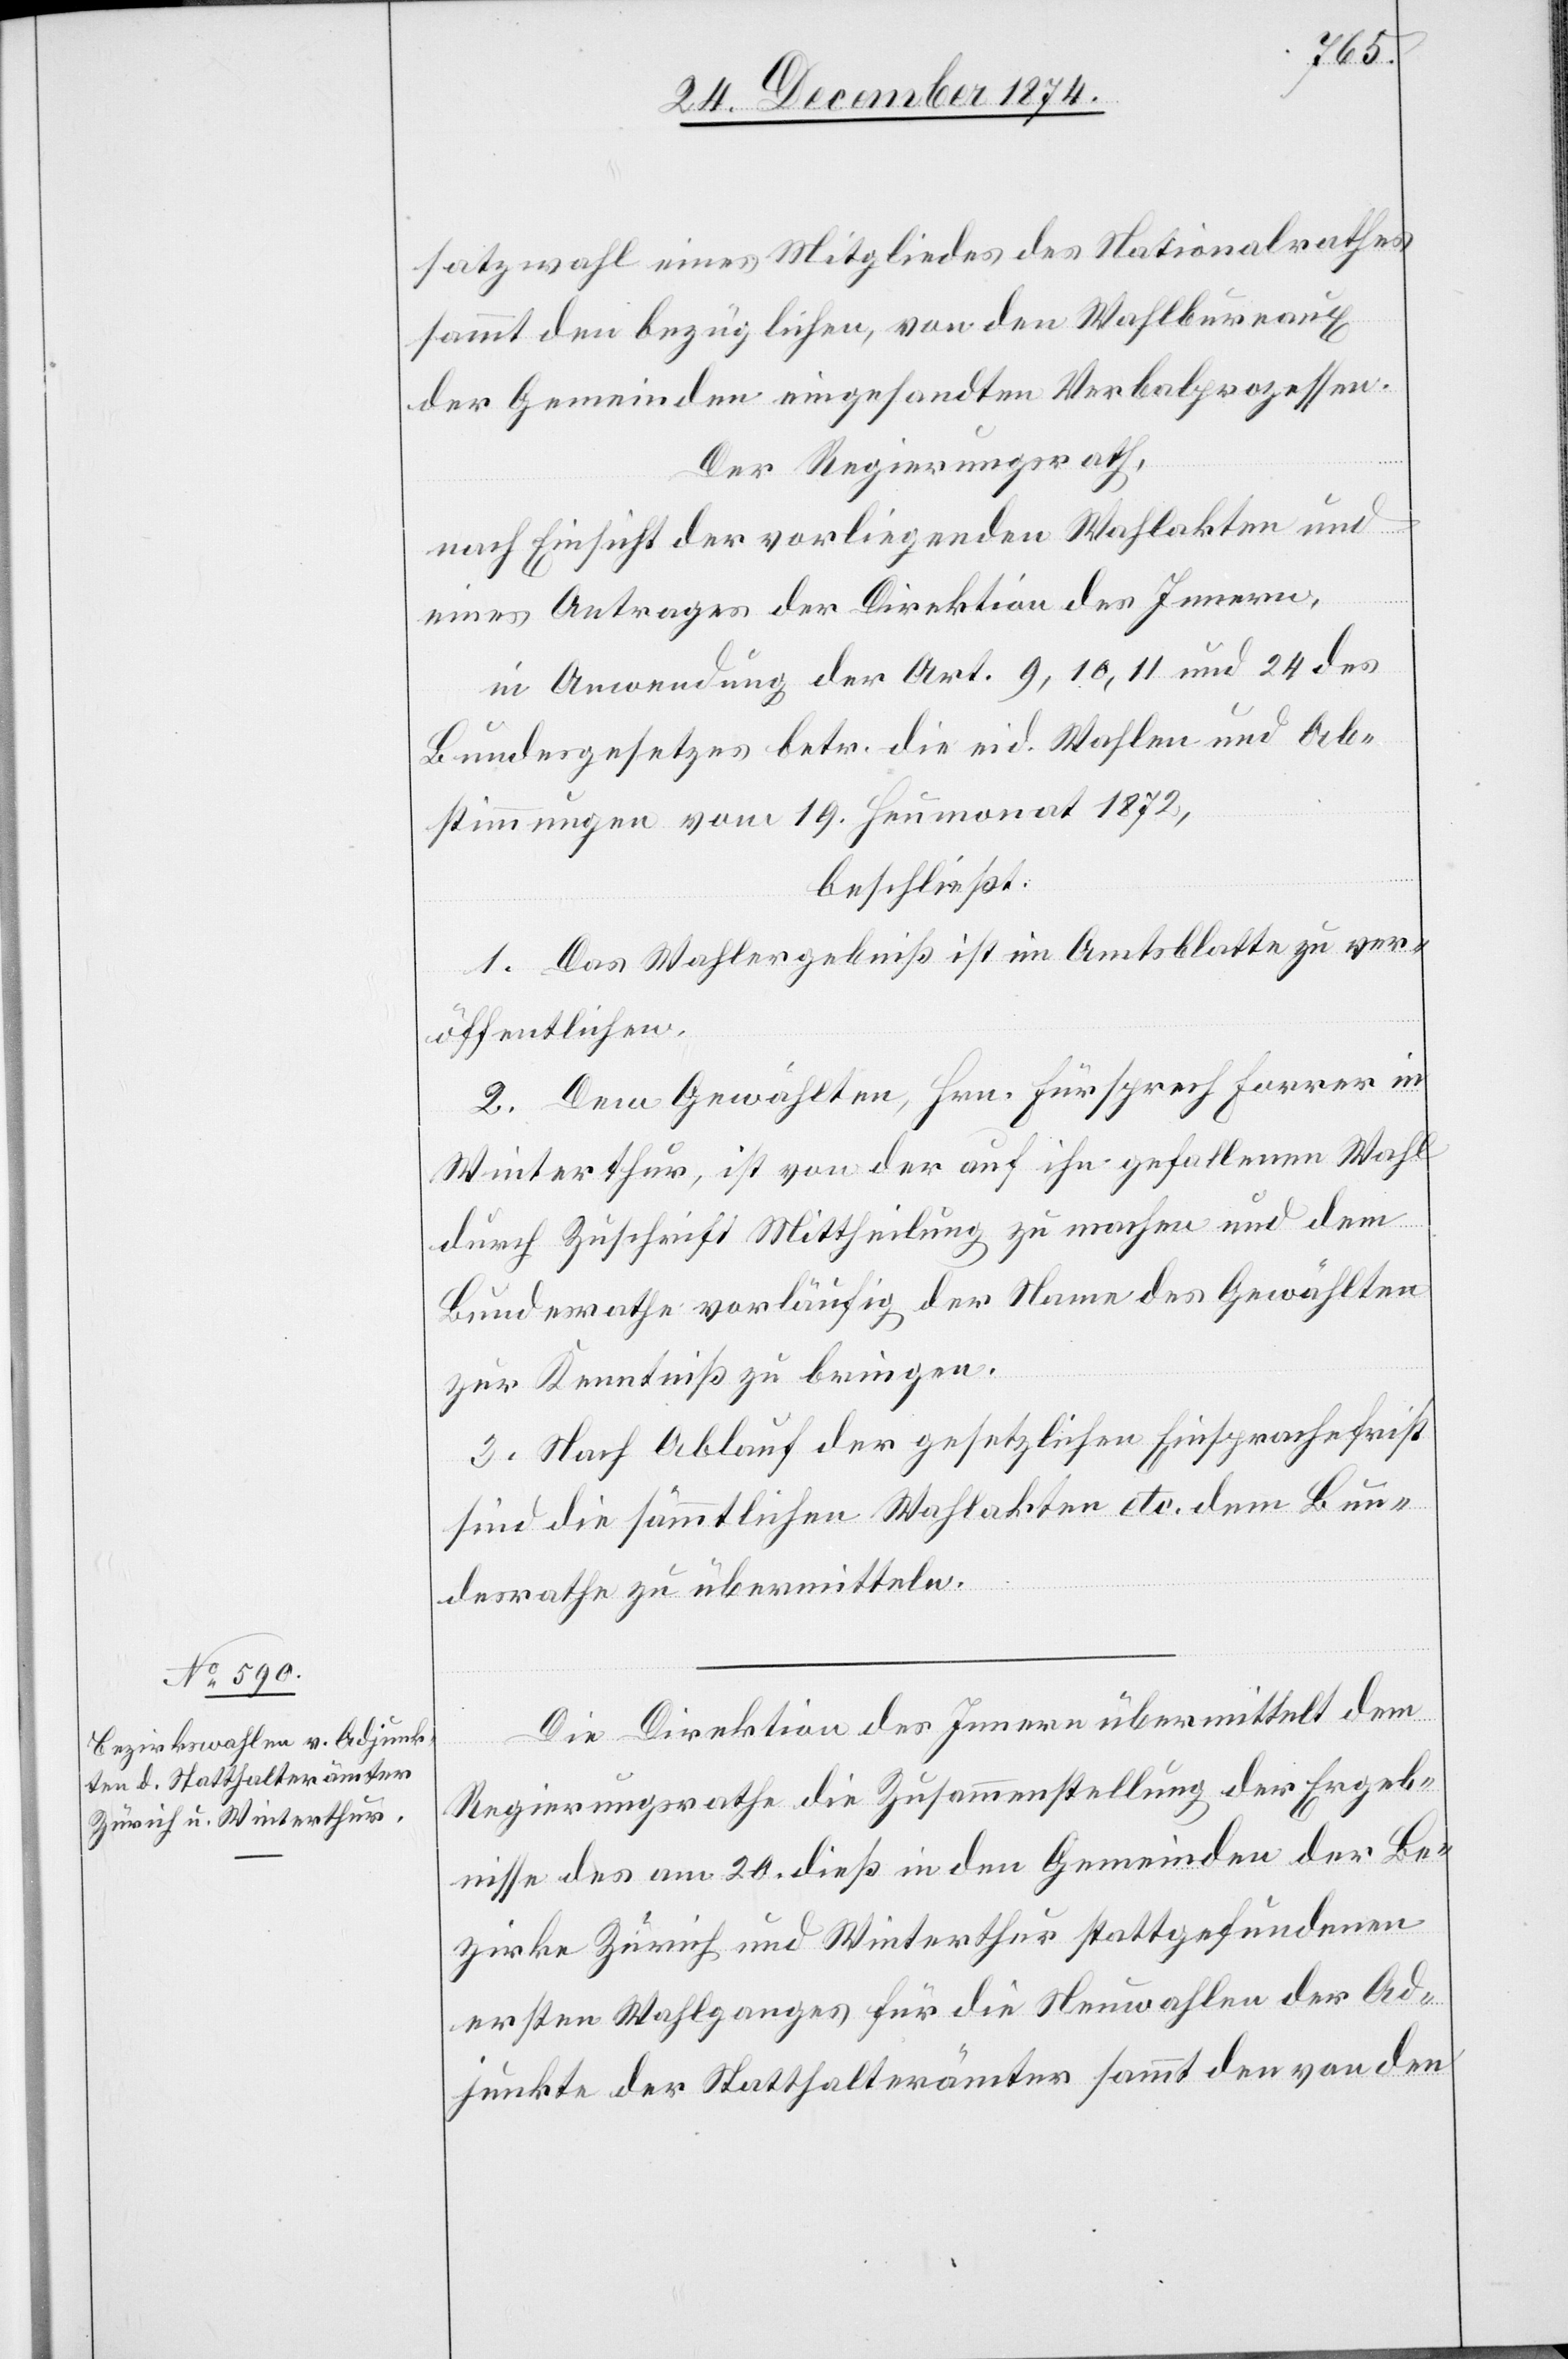
24. December 1874.]
satzwahl eines Mitgliedes des Nationalrathes
sammt den bezüglichen, von den Wahlbureaux
der Gemeinden eingesandten Verbalprozessen.
Der Regierungsrath,
eines Antrages der Direktion des Innern,
in Anwendung der Art. 9, 10, 11 und 24 des
Bundesgesetzes betr. die eid. Wahlen und Ab¬
stimmungen vom 19. Heumonat 1872,
beschließt:
1. Das Wahlergebniß ist im Amtsblatte zu ver¬
öffentlichen.
2. Dem Gewählten, Hrn. Fürsprech Forrer in
Winterthur, ist von der auf ihn gefallenen Wahl
durch Zuschrift Mittheilung zu machen und dem
Bundesrathe vorläufig der Name des Gewählten
zur Kenntniß zu bringen.
3. Nach Ablauf der gesetzlichen Einsprachefrist
sind die sämmtlichen Wahlakten etc. dem Bun¬
desrathe zu übermitteln.
Die Direktion des Innern übermittelt dem
Regierungsrathe die Zusammenstellung der Ergeb¬
nisse des am 20. dieß in den Gemeinden der Be¬
zirke Zürich und Winterthur stattgefundenen
ersten Wahlganges für die Neuwahlen der Ad¬
junkte der Statthalterämter sammt den von den